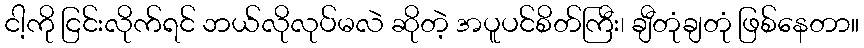
ငါ့ကို ငြင်းလိုက်ရင် ဘယ်လိုလုပ်မလဲ ဆိုတဲ့ အပူပင်စိတ်ကြီး၊ ချီတုံချတုံ ဖြစ်နေတာ။